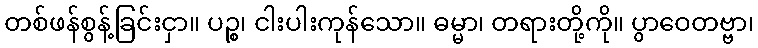
တစ်ဖန်စွန့်ခြင်းငှာ။ ပဉ္စ၊ ငါးပါးကုန်သော။ ဓမ္မာ၊ တရားတို့ကို။ ပွာဝေတဗ္ဗာ၊